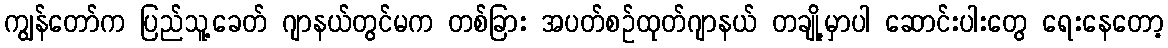
ကျွန်တော်က ပြည်သူ့ခေတ် ဂျာနယ်တွင်မက တစ်ခြား အပတ်စဉ်ထုတ်ဂျာနယ် တချို့မှာပါ ဆောင်းပါးတွေ ရေးနေတော့